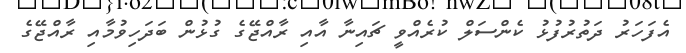
އެފަހަރު ދަތުރުފުޅު ކެންސަލް ކުރެއްވީ ޗައިނާ އާއި ރާއްޖޭގެ ގުޅުން ބަދަހިވުމާއި ރާއްޖޭގެ